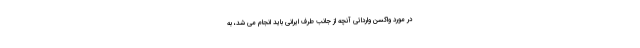
در مورد واکسن وارداتی آنچه از جانب طرف ایرانی باید انجام می شد، به